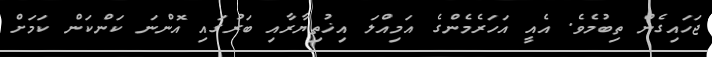
ޖަހައިގެން ތިބުމެވެ. އެއީ އަހަރެމެންގެ އަމިއްލަ އިޚުތިޔާރާއި ބަރުގައި އޮންނަ ކަންކަން ކަމަށް